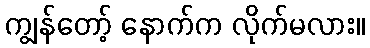
ကျွန်တော့် နောက်က လိုက်မလား။